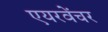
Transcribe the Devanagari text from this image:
एयरवेंचर